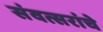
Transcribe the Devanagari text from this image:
संवत्सरांचे